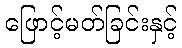
ဖြောင့်မတ်ခြင်းနှင့်